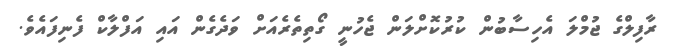
ރާފިލްގެ ޖުމްލަ އެހިސާބުން ކުރުކޮށްލަން ޖެހުނީ ގޯތިތެރެއަށް ވަދެގެން އައި އަފްލާކް ފެނިފައެވެ.